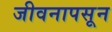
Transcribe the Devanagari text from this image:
जीवनापसून